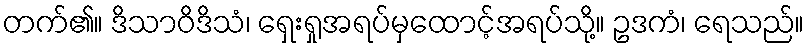
တက်၏။ ဒိသာဝိဒိသံ၊ ရှေးရှုအရပ်မှထောင့်အရပ်သို့။ ဥဒကံ၊ ရေသည်။